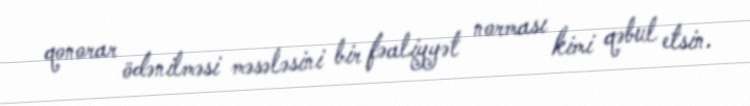
qonorar ödənilməsi məsələsini bir fəaliyyət norması kimi qəbul etsin.